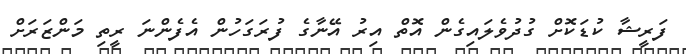
ފަރީޝާ ކުޑަކޮށް ގުދުވެލައިގެން އޮތް އިރު އޭނާގެ ފުރަގަހުން އެފެންނަ ރީތި މަންޒަރަށް